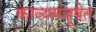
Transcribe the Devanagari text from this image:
काव्यमंजूषेत